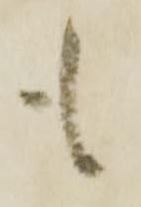
も